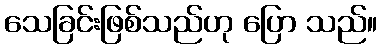
သေခြင်းဖြစ်သည်ဟု ပြော သည်။